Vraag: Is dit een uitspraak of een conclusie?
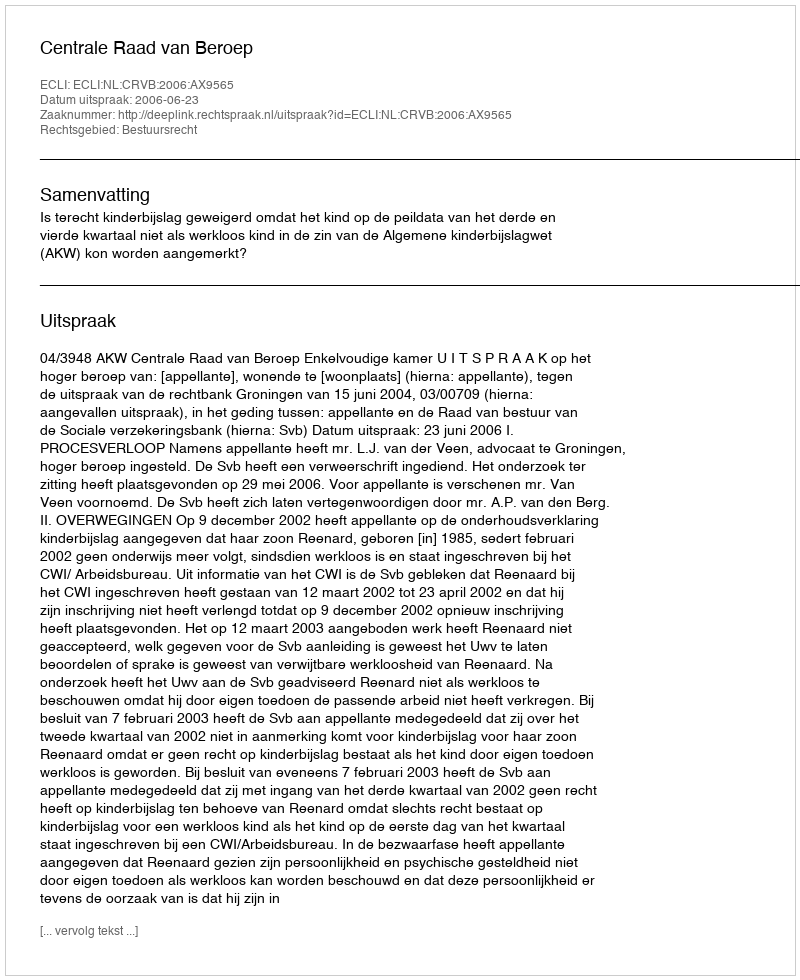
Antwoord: Uitspraak